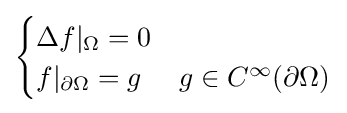
{\begin{cases}\Delta f|_{\Omega }=0\\f|_{\partial \Omega }=g&g\in C^{\infty }(\partial \Omega )\end{cases}}